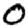
Digit: 0